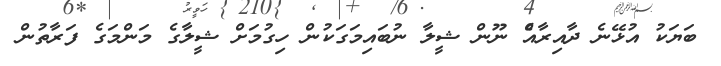
ބަޔަކު އުޅޭނެ ދާއިރާއެް ނޫން ޝީލާ ނުބައިމަގަކުން ހިގުމަށް ޝީލާގެ މަންމަގެ ފަރާތުން